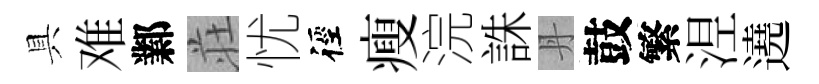
具难鄴荘忧徑瘦浣誅丹鼓繁𣵀遶